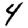
Digit: 4